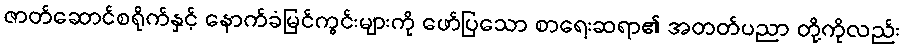
ဇာတ်ဆောင်စရိုက်နှင့် နောက်ခံမြင်ကွင်းများကို ဖော်ပြသော စာရေးဆရာ၏ အတတ်ပညာ တို့ကိုလည်း